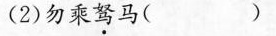
(2)勿乘驽马()